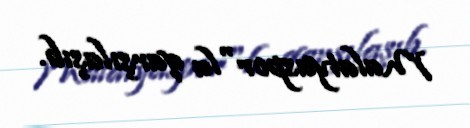
Malatyaspor"la qarşılaşıb.